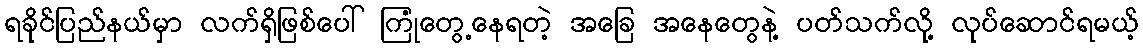
ရခိုင်ပြည်နယ်မှာ လက်ရှိဖြစ်ပေါ် ကြုံတွေ့နေရတဲ့ အခြေ အနေတွေနဲ့ ပတ်သက်လို့ လုပ်ဆောင်ရမယ့်